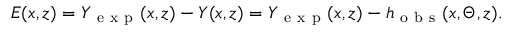
\begin{array} { r } { E ( x , z ) = Y _ { \mathrm { ~ e ~ x ~ p ~ } } ( x , z ) - Y ( x , z ) = Y _ { \mathrm { ~ e ~ x ~ p ~ } } ( x , z ) - h _ { \mathrm { ~ o ~ b ~ s ~ } } ( x , \Theta , z ) . } \end{array}